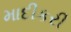
માદીકરી